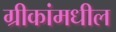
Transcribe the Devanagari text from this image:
ग्रीकांमधील